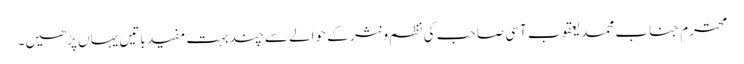
محترم جناب محمد یعقوب آسی صاحب کی نظم و نثر کے حوالے سے چند بہت مفید باتیں یہاں پڑھیں۔